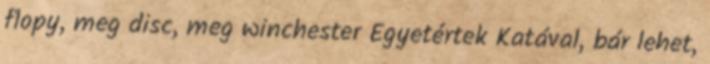
flopy, meg disc, meg winchester Egyetértek Katával, bár lehet,